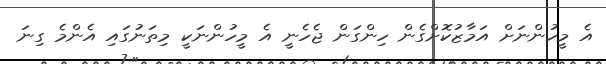
އެ މީހުންނަށް އަމާޒުކޮށްގެން ހިންގަން ޖެހެނީ އެ މީހުންނަކީ މިތަނުގައި އެންމެ ގިނަ